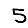
Digit: 5